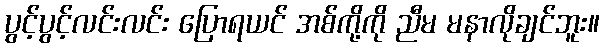
ပွင့်ပွင့်လင်းလင်း ပြောရယင် အစ်ကို့ကို ညီမ မနာလိုချင်ဘူး။